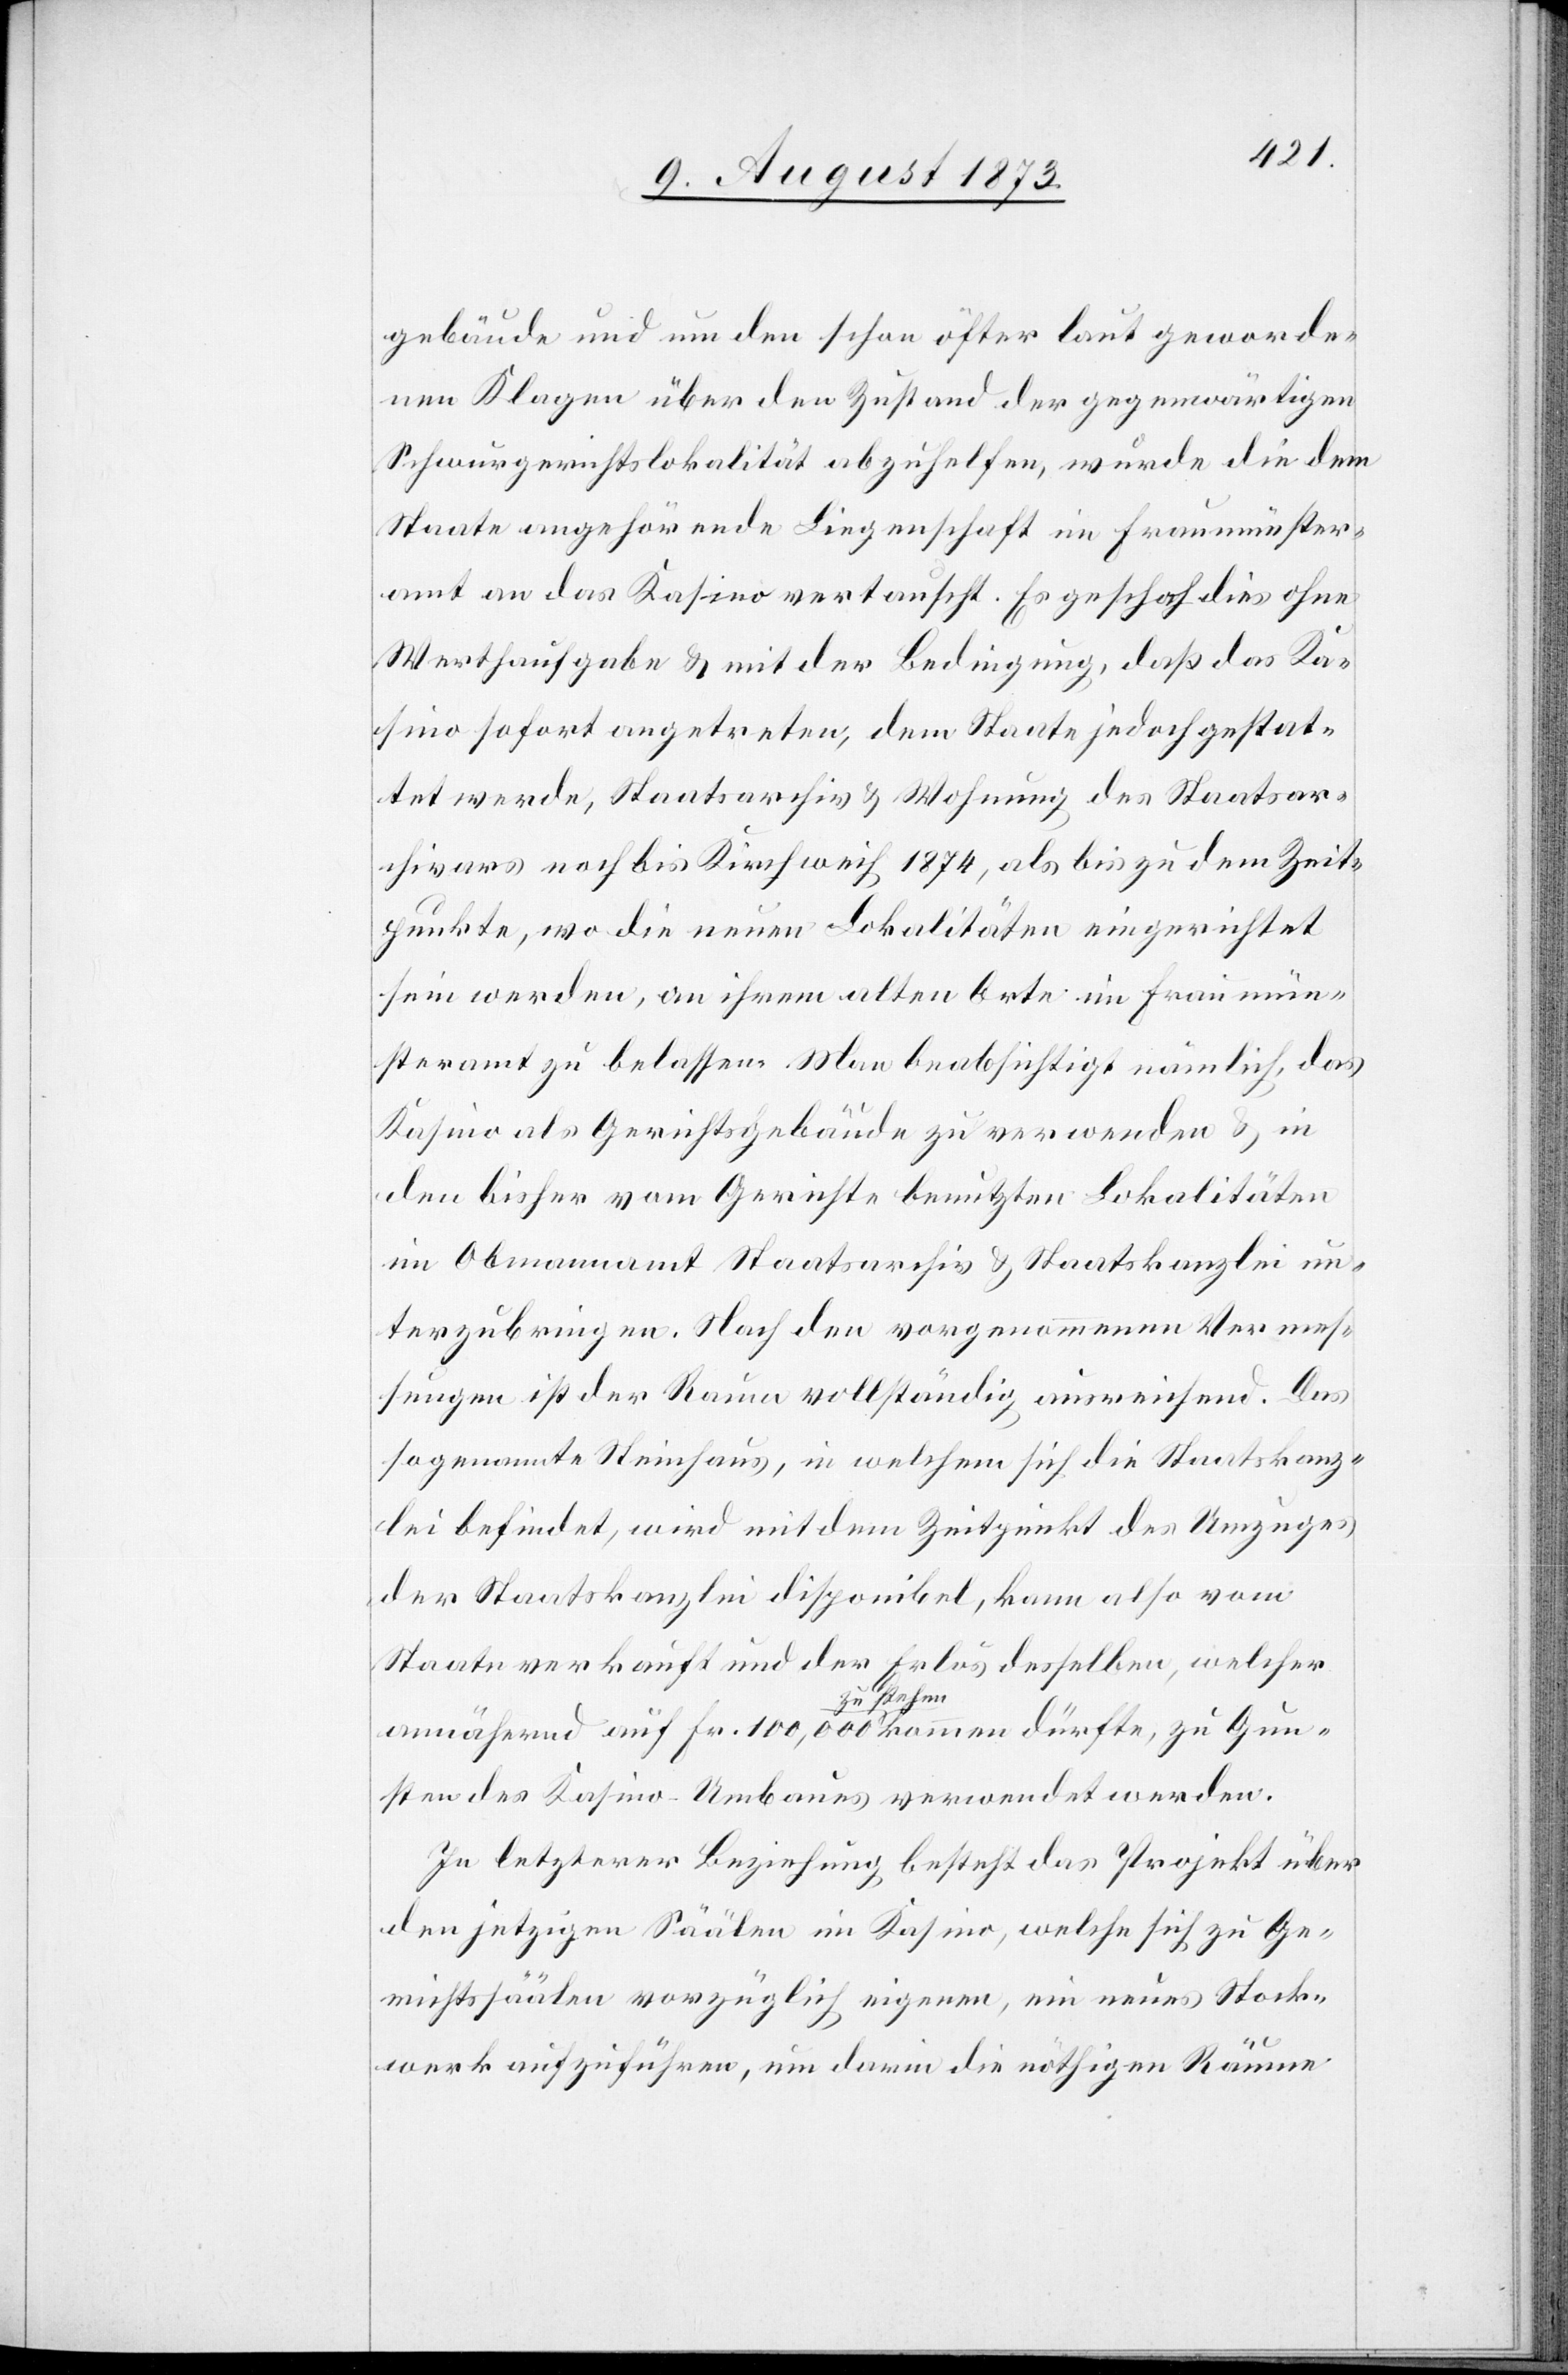
gebäude und um den schon öfter laut geworde¬
nen Klagen über den Zustand der gegenwärtigen
Schwurgerichtslokalität abzuhelfen, wurde die dem
Staate angehörende Liegenschaft im Fraumünster¬
amt an das Kasino vertauscht. Es geschah dies ohne
Werthaufgabe & mit der Bedingung, daß das Ka¬
sino sofort angetreten, dem Staate jedoch gestat¬
tet werde, Staatsarchiv & Wohnung des Staatsar¬
chivars noch bis Kirchweih 1874, als bis zu dem Zeit¬
punkte, wo die neuen Lokalitäten eingerichtet
sein werden, an ihrem alten Orte im Fraumün¬
steramt zu belassen. Man beabsichtigt nämlich, das
Kasino als Gerichtsgebäude zu verwenden & in
den bisher vom Gerichte benutzten Lokalitäten
im Obmannamt Staatsarchiv & Staatskanzlei un¬
terzubringen. Nach den vorgenommenen Vermes¬
sungen ist der Raum vollständig ausreichend. Das
sogenannte Steinhaus, in welchem sich die Staatskanz¬
lei befindet, wird mit dem Zeitpunkt des Umzuges
der Staatskanzlei disponibel, kann also vom
Staate verkauft und der Erlös desselben, welcher
annähernd auf Fr. 100,000 zu stehen kommen dürfte, zu Gun¬
sten des Kasino-Umbaues verwendet werden.
In letzterer Beziehung besteht das Projekt über
den jetzigen Säälen im Kasino, welche sich zu Ge¬
richtssäälen vorzüglich eigenen, ein neues Stock¬
werk aufzuführen, um darin die nöthigen Räume